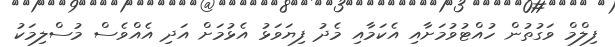
ފިލްމް ވަގުތުން ހުއްޓުވުމަށާއި އެކަމާއި މެދު ފިޔަވަޅު އެޅުމަށް އަދި އެއްވެސް މުސްލިމަކު